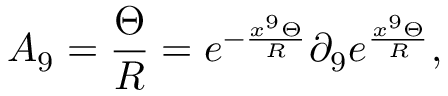
A _ { 9 } = \frac { \Theta } { R } = e ^ { - \frac { x ^ { 9 } \Theta } { R } } \partial _ { 9 } e ^ { \frac { x ^ { 9 } \Theta } { R } } ,